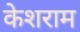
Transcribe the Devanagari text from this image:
केशराम